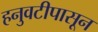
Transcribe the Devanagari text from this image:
हनुवटीपासून